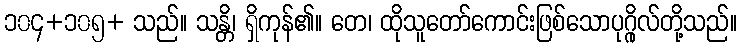
၁၀၄+၁၀၅+ သည်။ သန္တိ၊ ရှိကုန်၏။ တေ၊ ထိုသူတော်ကောင်းဖြစ်သောပုဂ္ဂိုလ်တို့သည်။